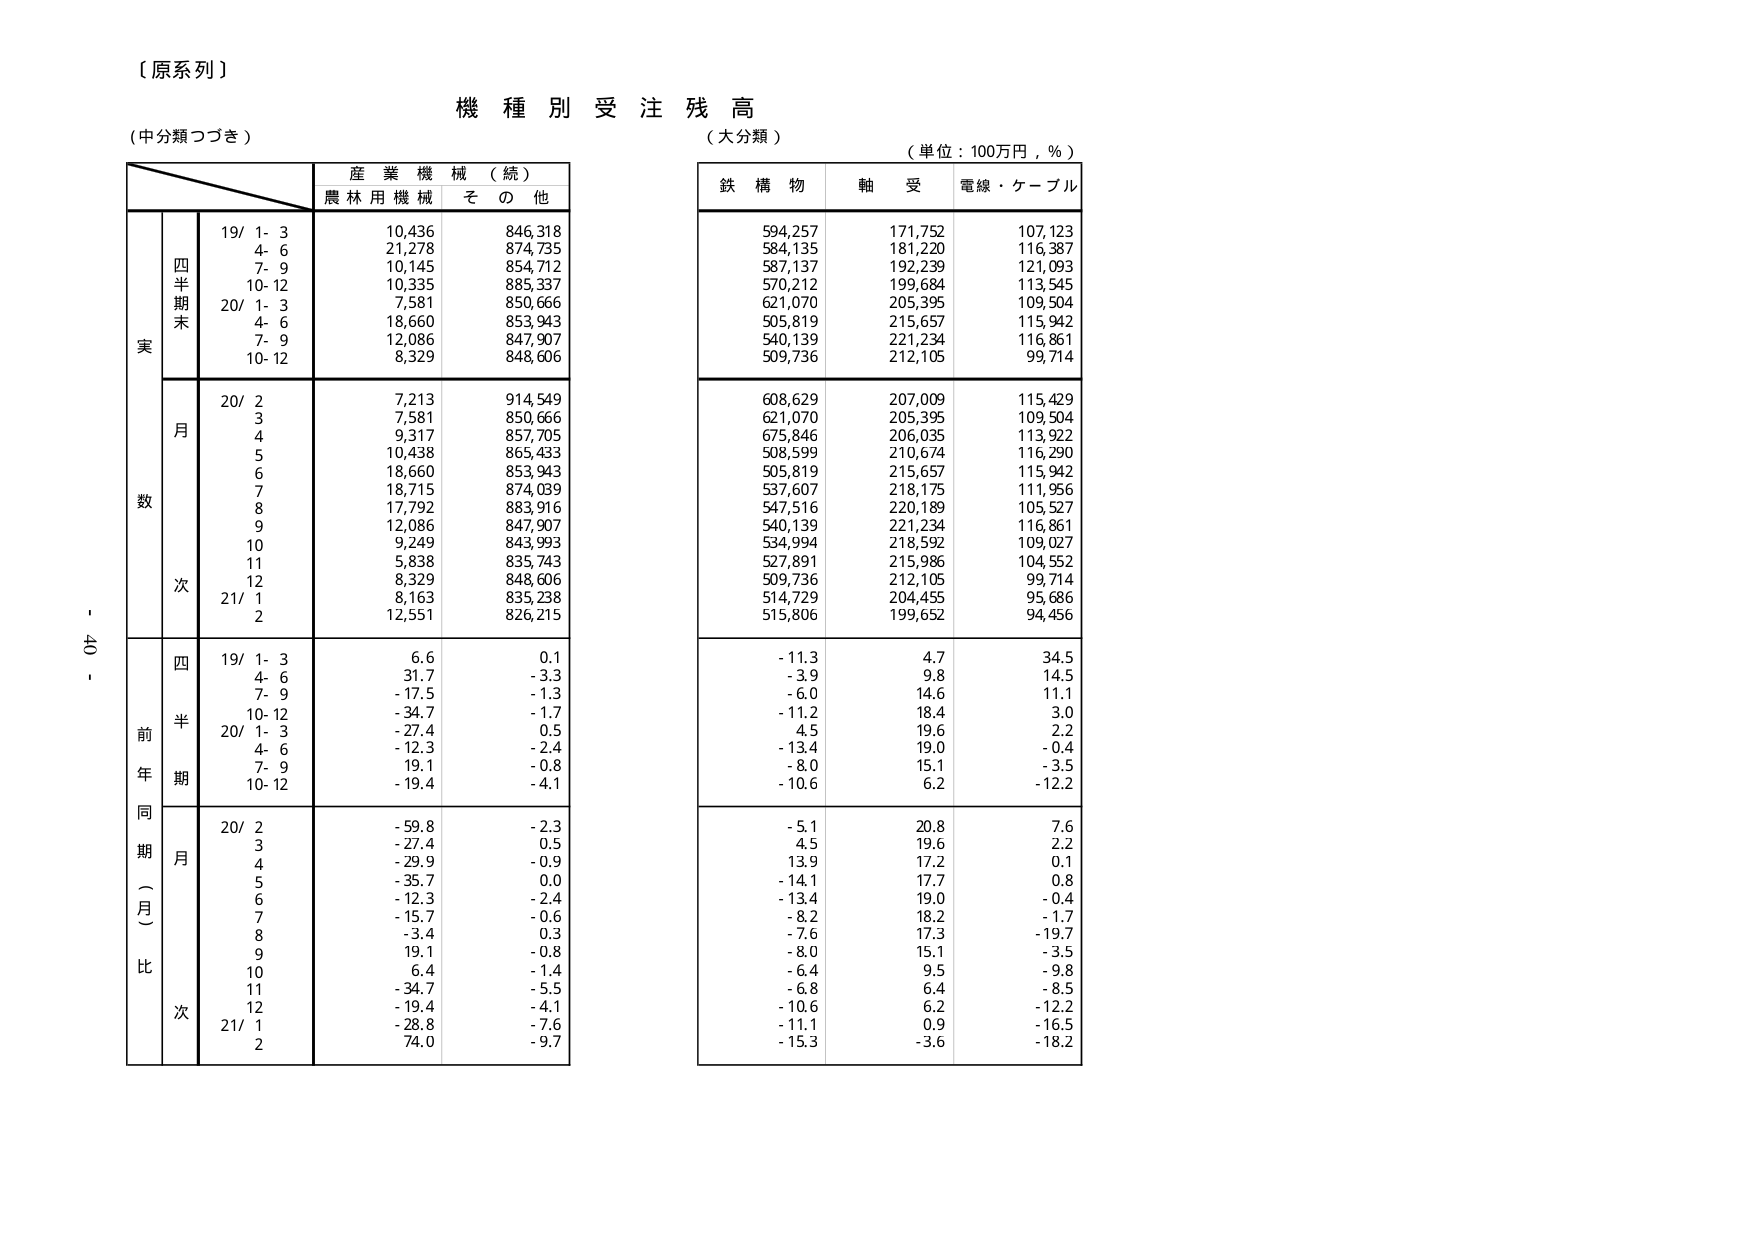
【原系列】
機種別受注残高
（中分類つづき）
（大分類）
（単位：100万円，％）

産業機械（続）
農林用機械　その他

実
四半期末
19/ 1- 3　　10,436　　846,318
　　4- 6　　21,278　　874,735
　　7- 9　　10,145　　854,712
　　10-12　　10,335　　885,337
20/ 1- 3　　7,581　　850,666
　　4- 6　　18,660　　853,943
　　7- 9　　12,086　　847,907
　　10-12　　8,329　　848,606

数
月
20/ 2　　7,213　　914,549
　　3　　7,581　　850,666
　　4　　9,317　　857,705
　　5　　10,438　　865,433
　　6　　18,660　　853,943
　　7　　18,715　　874,039
　　8　　17,792　　883,916
　　9　　12,086　　847,907
　　10　　9,249　　843,993
　　11　　5,838　　835,743
　　12　　8,329　　848,606
21/ 1　　8,163　　835,238
　　2　　12,551　　826,215

前年同期（月）比
四半期
19/ 1- 3　　6.6　　0.1
　　4- 6　　31.7　　-3.3
　　7- 9　　-17.5　　-1.3
　　10-12　　-34.7　　-1.7
20/ 1- 3　　-27.4　　0.5
　　4- 6　　-12.3　　-2.4
　　7- 9　　19.1　　-0.8
　　10-12　　-19.4　　-4.1

月
20/ 2　　-59.8　　-2.3
　　3　　-27.4　　0.5
　　4　　-29.9　　-0.9
　　5　　-35.7　　0.0
　　6　　-12.3　　-2.4
　　7　　-15.7　　-0.6
　　8　　-3.4　　0.3
　　9　　19.1　　-0.8
　　10　　6.4　　-1.4
　　11　　-34.7　　-5.5
　　12　　-19.4　　-4.1
21/ 1　　-28.8　　-7.6
　　2　　74.0　　-9.7

鉄構物　軸受　電線・ケーブル
594,257　171,752　107,123
584,135　181,220　116,387
587,137　192,239　121,093
570,212　199,684　113,545
621,070　205,395　109,504
505,819　215,657　115,942
540,139　221,234　116,861
509,736　212,105　99,714

608,629　207,009　115,429
621,070　205,395　109,504
675,846　206,035　113,922
508,599　210,674　116,290
505,819　215,657　115,942
537,607　218,175　111,956
547,516　220,189　105,527
540,139　221,234　116,861
534,994　218,592　109,027
527,891　215,986　104,552
509,736　212,105　99,714
514,729　204,455　95,686
515,806　199,652　94,456

-11.3　　4.7　　34.5
-3.9　　9.8　　14.5
-6.0　　14.6　　11.1
-11.2　　18.4　　3.0
4.5　　19.6　　2.2
-13.4　　19.0　　-0.4
-8.0　　15.1　　-3.5
-10.6　　6.2　　-12.2

-5.1　　20.8　　7.6
4.5　　19.6　　2.2
13.9　　17.2　　0.1
-14.1　　17.7　　0.8
-13.4　　19.0　　-0.4
-8.2　　18.2　　-1.7
-7.6　　17.3　　-19.7
-8.0　　15.1　　-3.5
-6.4　　9.5　　-9.8
-6.8　　6.4　　-8.5
-10.6　　6.2　　-12.2
-11.1　　0.9　　-16.5
-15.3　　-3.6　　-18.2

- 40 -